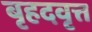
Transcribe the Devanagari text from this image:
बृहदवृत्त